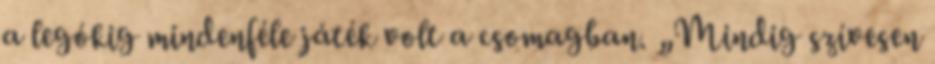
a legókig mindenféle játék volt a csomagban. „Mindig szívesen